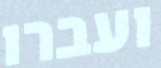
ועברו